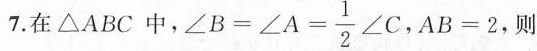
7.在△ABC中，$$∠ B = ∠ A = \frac { 1 } { 2 } ∠ C$$，$$A B = 2$$，则